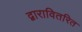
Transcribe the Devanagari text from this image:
द्वारावितरित